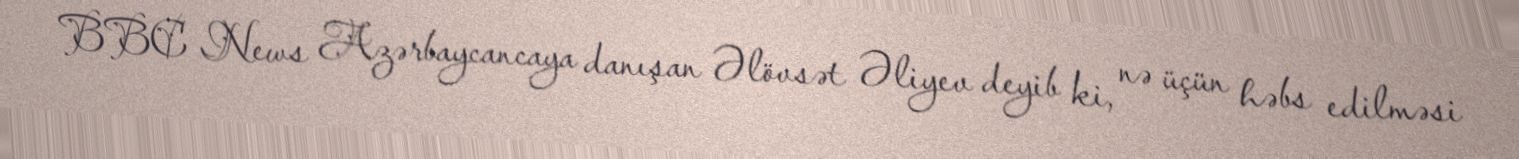
BBC News Azərbaycancaya danışan Əlövsət Əliyev deyib ki, nə üçün həbs edilməsi